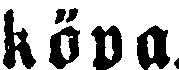
köpa.